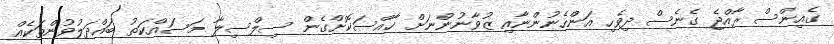
ގެއިންސް ރާއްޖެ ގެނެސް ދިވެހި އަންހެނުންނާއި ޒުވާނުންނަށް ޚާއްސަކޮށްގެން ސިލްސިލާ މަސައްކަތު ބައްދަލުވުންތަކެއް